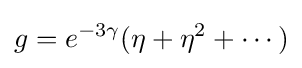
g=e^{-3\gamma }(\eta +\eta ^{2}+\cdots )